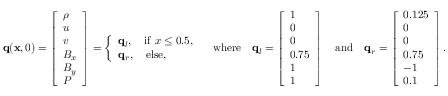
\mathbf { q } ( \mathbf { x } , 0 ) = \left[ \begin{array} { l } { \rho } \\ { u } \\ { v } \\ { B _ { x } } \\ { B _ { y } } \\ { P } \end{array} \right] = \left\{ \begin{array} { l l } { \mathbf { q } _ { l } , \quad \mathrm { i f } \ x \leq 0 . 5 , } \\ { \mathbf { q } _ { r } , \quad \mathrm { e l s e } , } \end{array} \right. \quad \mathrm { w h e r e } \quad \mathbf { q } _ { l } = \left[ \begin{array} { l } { 1 } \\ { 0 } \\ { 0 } \\ { 0 . 7 5 } \\ { 1 } \\ { 1 } \end{array} \right] \quad \mathrm { a n d } \quad \mathbf { q } _ { r } = \left[ \begin{array} { l } { 0 . 1 2 5 } \\ { 0 } \\ { 0 } \\ { 0 . 7 5 } \\ { - 1 } \\ { 0 . 1 } \end{array} \right] .